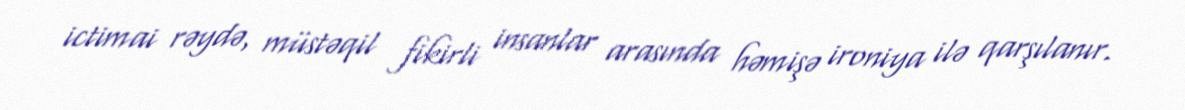
ictimai rəydə, müstəqil fikirli insanlar arasında həmişə ironiya ilə qarşılanır.